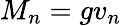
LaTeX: M_{n}=gv_{n}